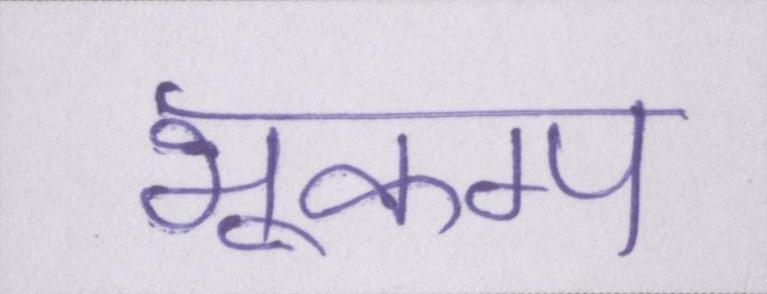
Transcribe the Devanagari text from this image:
भूकम्प